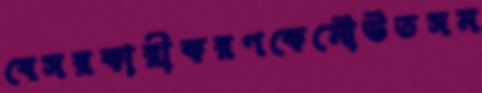
বেসরকারীকরণকেমৌউতসম